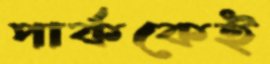
পার্ককেই